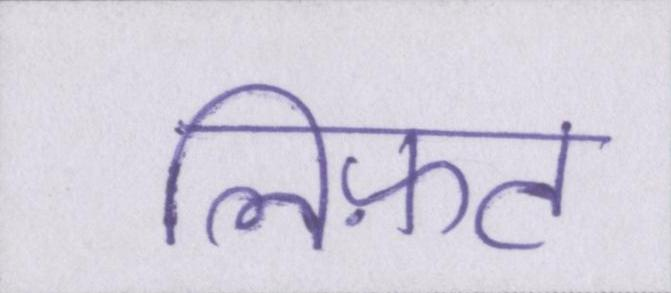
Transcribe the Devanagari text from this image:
लिफ़्ट